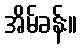
အိမ်ခန်း။